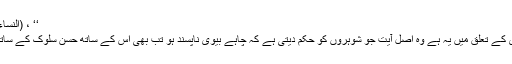
‘‘ ، (النساء 4 :19)
میاں بیوی کے تعلق میں یہ ہے وہ اصل آیت جو شوہروں کو حکم دیتی ہے کہ چاہے بیوی ناپسند ہو تب بھی اس کے ساتھ حسن سلوک کے ساتھ پیش آؤ۔